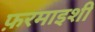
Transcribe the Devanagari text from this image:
फ़रमाइशी